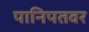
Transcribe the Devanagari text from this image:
पानिपतवर